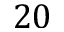
2 0